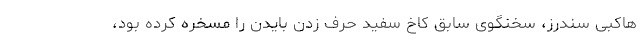
هاکبی سندرز، سخنگوی سابق کاخ سفید حرف زدن بایدن را مسخره کرده بود،